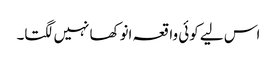
اس لیے کوئی واقعہ انوکھا نہیں لگتا۔